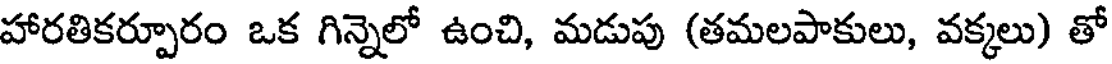
హారతికర్పూరం ఒక గిన్నెలో ఉంచి, మడుపు (తమలపాకులు, వక్కలు) తో